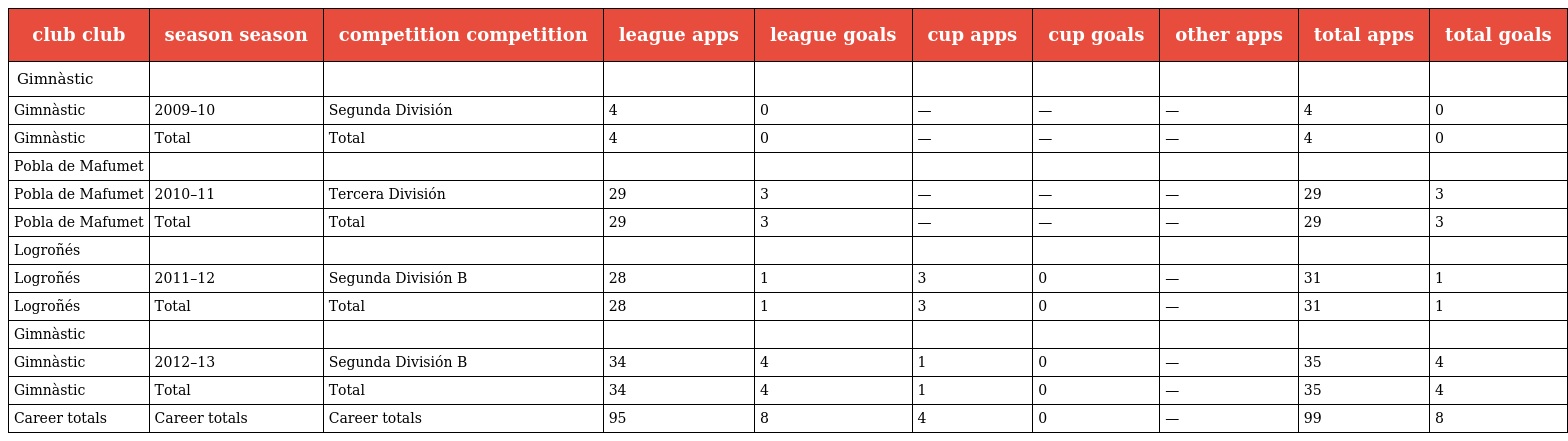
| club club | season season | competition competition | league apps | league goals | cup apps | cup goals | other apps | total apps | total goals |
 | --- | --- | --- | --- | --- | --- | --- | --- | --- | --- |
 | Gimnàstic |  |  |  |  |  |  |  |  |  |
 | Gimnàstic | 2009–10 | Segunda División | 4 | 0 | — | — | — | 4 | 0 |
 | Gimnàstic | Total | Total | 4 | 0 | — | — | — | 4 | 0 |
 | Pobla de Mafumet |  |  |  |  |  |  |  |  |  |
 | Pobla de Mafumet | 2010–11 | Tercera División | 29 | 3 | — | — | — | 29 | 3 |
 | Pobla de Mafumet | Total | Total | 29 | 3 | — | — | — | 29 | 3 |
 | Logroñés |  |  |  |  |  |  |  |  |  |
 | Logroñés | 2011–12 | Segunda División B | 28 | 1 | 3 | 0 | — | 31 | 1 |
 | Logroñés | Total | Total | 28 | 1 | 3 | 0 | — | 31 | 1 |
 | Gimnàstic |  |  |  |  |  |  |  |  |  |
 | Gimnàstic | 2012–13 | Segunda División B | 34 | 4 | 1 | 0 | — | 35 | 4 |
 | Gimnàstic | Total | Total | 34 | 4 | 1 | 0 | — | 35 | 4 |
 | Career totals | Career totals | Career totals | 95 | 8 | 4 | 0 | — | 99 | 8 |